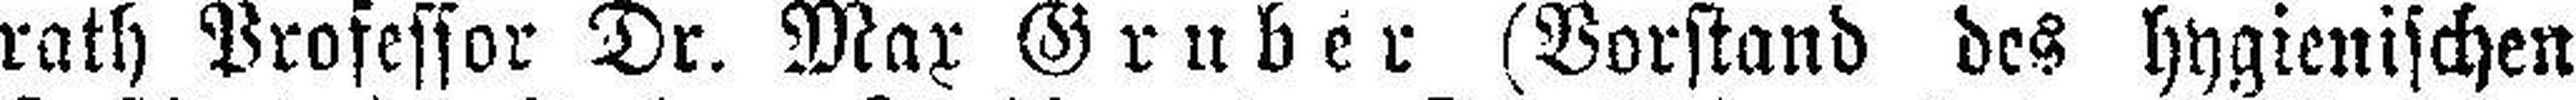
rath Professor Dr. Max Gruber (Vorstand des hygienischen